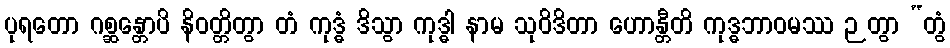
ပုရတော ဂစ္ဆန္တောပိ နိဝတ္တိတွာ တံ ကုဒ္ဓံ ဒိသွာ ကုဒ္ဓါ နာမ သုဝိဒိတာ ဟောန္တီတိ ကုဒ္ဓဘာဝမဿ ဉတွာ “တွံ